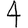
Digit: 4